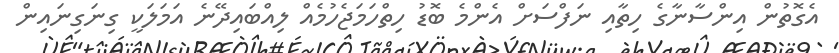
އެގޮތުން އިންސާނާގެ ހިތާއި ނަފްސަށް އެންމެ ބޮޑު ހިތްހަމަޖެހުމެއް ލިއްބައިދޭނެ އަމަލަކީ ގިނަގިނައިން